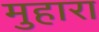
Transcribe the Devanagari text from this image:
मुहारा